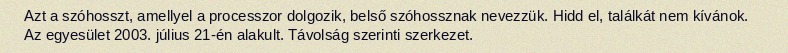
Azt a szóhosszt, amellyel a processzor dolgozik, belső szóhossznak nevezzük. Hidd el, találkát nem kívánok. Az egyesület 2003. július 21-én alakult. Távolság szerinti szerkezet.